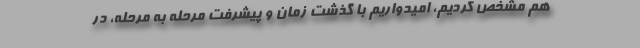
هم مشخص کردیم، امیدواریم با گذشت زمان و پیشرفت مرحله به مرحله، در